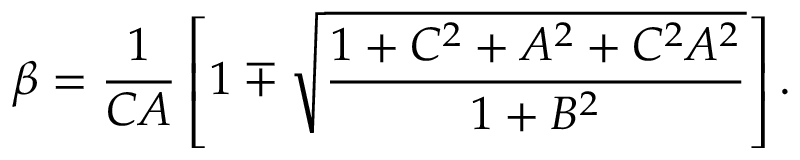
\beta = { \frac { 1 } { C A } } \left[ 1 \mp \sqrt { \frac { 1 + C ^ { 2 } + A ^ { 2 } + C ^ { 2 } A ^ { 2 } } { 1 + B ^ { 2 } } } \right] .